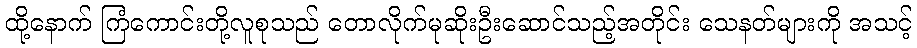
ထို့နောက် ကြံကောင်းတို့လူစုသည် တောလိုက်မုဆိုးဦးဆောင်သည့်အတိုင်း သေနတ်များကို အသင့်